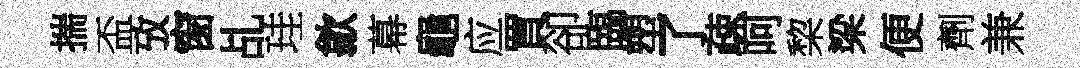
揣盃攷窗乩珪歙幕龜应買卻臨塑了疎呵棃梁便劑兼